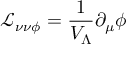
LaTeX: { \mathcal { L } } _ { \nu \nu \phi } = \frac { 1 } { V _ { \Lambda } } \partial _ { \mu } \phi \; \,